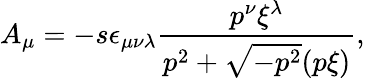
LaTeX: A_{\mu}=-s\epsilon_{\mu\nu\lambda}\frac{p^{\nu}\xi^{\lambda}}{p^{2}+\sqrt{-p^{2}}(p\xi)},